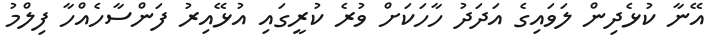
އޭނާ ކުޅެދިން ލަވައިގެ އަދަދު ހާހަކަށް ވުރެ ކުރީގައި އުޅޭއިރު ފަންސާހެއްހާ ފިލްމު